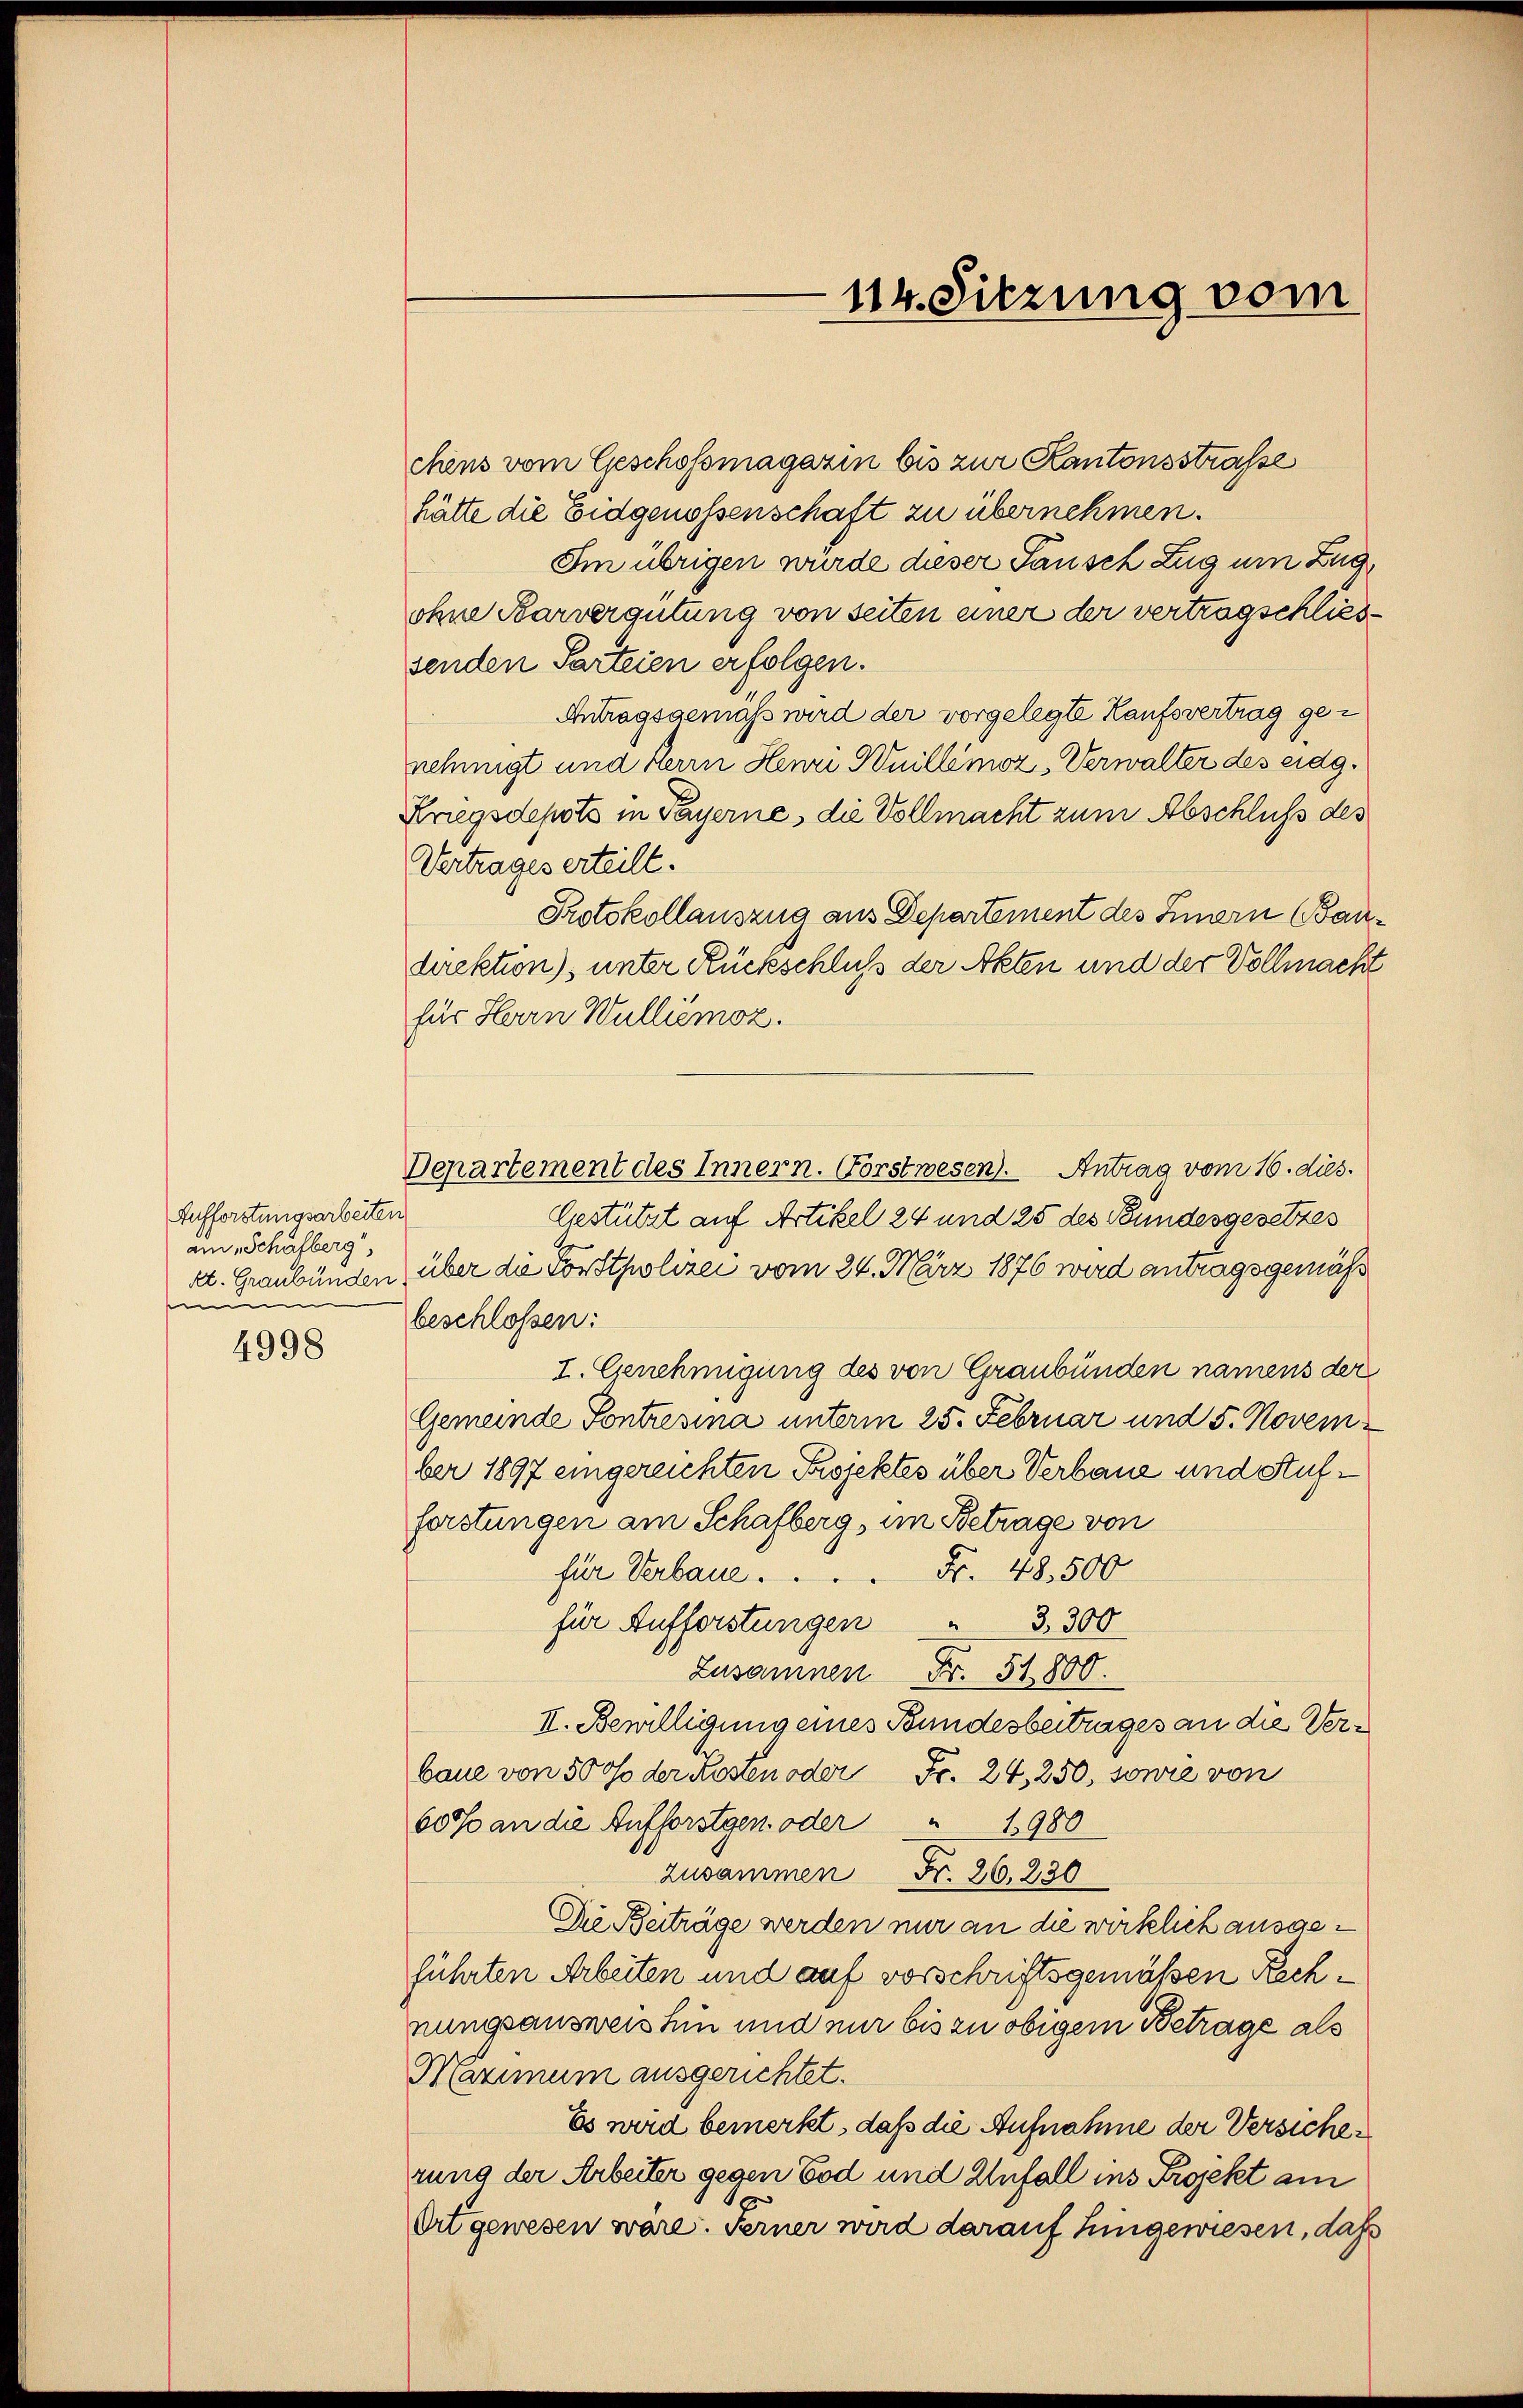
Aufforstungsarbeiten
am „Schäfberg,
m
4998

114. Sitzung vom

chens vom Geschofsmagazin bis zur Kantonsstrasse
hätte die Eidgenossenschaft zu übernehmen.
Im übrigen würde dieser Tausch Zug um Zugohne Karvergütung von Seiten einer der vertragschliessenden Parteien erfolgen.
Antragsgemäß wird der vorgelegte Kaufsvertrag genehmigt und Herrn Henri Wuillemoz, Verwalter des eidg.
Kriegsdepots in Payerne, die Vollmacht zum Abschluß des
Vertrages erteilt.
Protokollauszug aus Departement des Innern (Baudirektion), unter Rückschluß der Akten und der Vollmacht
für Herrn Wulliemoz.
Departement des Innern. Forstwesen. Antrag vom 16. dies.
Gestützt auf Artikel 24 und 25 des Bundesgesetzes
St. Graubünden über die Forstpolizei vom 24. März 1876 wird antragsgemäß
beschlossen:
I. Genehmigung des von Graubünden namens der
Gemeinde Sontresina unterm 25. Februar und 5. November 1897 eingereichten Projektes über Verbaue und Stufforstungen am Schafberg, im Betrage von
Fr. 48. 500
für Verbaue.
für Aufforstungen
3,300
8
Zusammen Fr. 51. 800.
II. Bewilligung eines Bundesbeitrages an die Verbaue von 50 % der Kosten oder Fr. 24, 250, sowie von
60% an die Aufforstgen oder " 1980
Zusammen Fr. 26. 230
Die Beträge werden nur an die wirklich ausgeführten Arbeiten und auf vorschriftsgemäßen Rechnungsausweis hin und nur bis zu obigem Betrage als
Maximum ausgerichtet.
Es wird bemerkt, daß die Aufnahme der Versichen
rung der Arbeiter gegen Tod und Unfall ins Projekt am
x
Ort gewesen wäre. Ferner wird darauf hingewiesen, daß